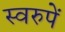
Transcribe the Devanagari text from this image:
स्वरुपें